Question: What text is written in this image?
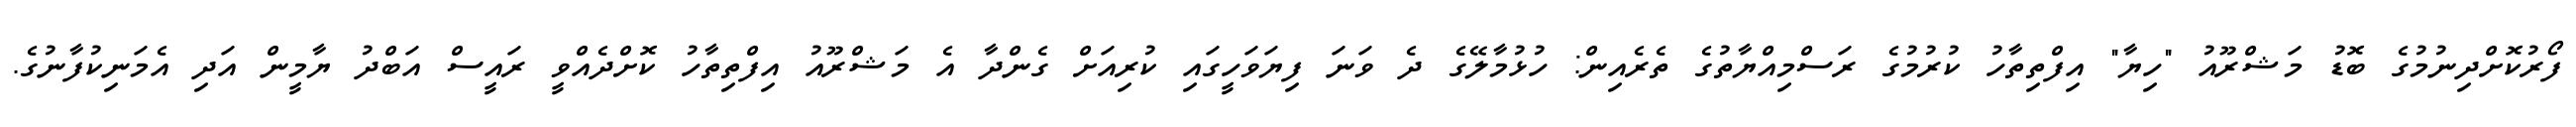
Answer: ފޯރުކޮށްދިނުމުގެ ބޮޑު މަޝްރޫއު "ހިޔާ" އިފްތިތާހު ކުރުމުގެ ރަސްމިއްޔާތުގެ ތެރެއިން: ހުޅުމާލޭގެ ދެ ވަނަ ފިޔަވަހީގައި ކުރިއަށް ގެންދާ އެ މަޝްރޫއު އިފްތިތާހު ކޮށްދެއްވީ ރައީސް އަބްދު ޔާމީން އަދި އެމަނިކުފާނުގެ.